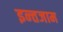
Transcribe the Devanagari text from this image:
इन्‍तजाम